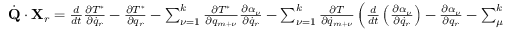
\begin{array} { l } { { \dot { \bf Q } } \cdot { \bf X } _ { r } = \frac { d } { d t } \frac { \partial T ^ { * } } { \partial { \dot { q } } _ { r } } - \frac { \partial T ^ { * } } { \partial q _ { r } } - \sum _ { \nu = 1 } ^ { k } \frac { \partial T ^ { * } } { \partial q _ { m + \nu } } \frac { \partial \alpha _ { \nu } } { \partial { \dot { q } _ { r } } } - \sum _ { \nu = 1 } ^ { k } \frac { \partial T } { \partial { \dot { q } } _ { m + \nu } } \left( \frac { d } { d t } \left( \frac { \partial \alpha _ { \nu } } { \partial { \dot { q } } _ { r } } \right) - \frac { \partial \alpha _ { \nu } } { \partial q _ { r } } - \sum _ { \mu = 1 } ^ { k } \frac { \partial \alpha _ { \mu } } { \partial { \dot { q } } _ { r } } \frac { \partial \alpha _ { \nu } } { \partial q _ { m + \mu } } \right) } \end{array}